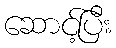
ဆောင့်ပြီး